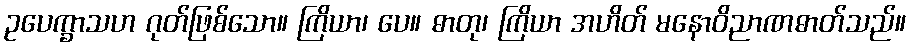
ဥပေက္ခာသဟ ဂုတ်ဖြစ်သော။ ကြိယာ၊ ပေ။ ဓာတု၊ ကြိယာ အဟိတ် မနောဝိညာဏဓာတ်သည်။